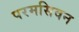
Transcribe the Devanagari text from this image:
परमसिवन